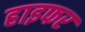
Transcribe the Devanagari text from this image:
हाइफर